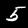
Label: 5